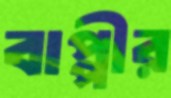
বাপ্পীর